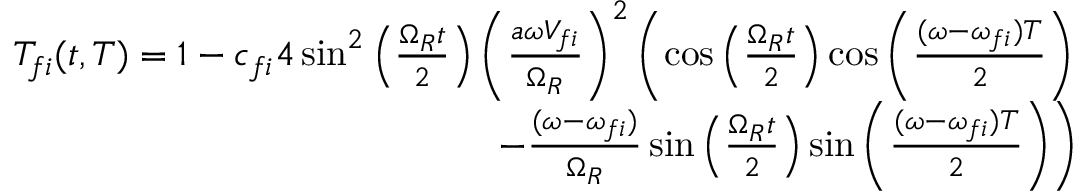
\begin{array} { r } { T _ { f i } ( t , T ) = 1 - c _ { f i } 4 \sin ^ { 2 } \left( \frac { \Omega _ { R } t } { 2 } \right) \left( \frac { a \omega V _ { f i } } { \Omega _ { R } } \right) ^ { 2 } \left( \cos \left( \frac { \Omega _ { R } t } { 2 } \right) \cos \left( \frac { ( \omega - \omega _ { f i } ) T } { 2 } \right) \right. } \\ { \left. - \frac { ( \omega - \omega _ { f i } ) } { \Omega _ { R } } \sin \left( \frac { \Omega _ { R } t } { 2 } \right) \sin \left( \frac { ( \omega - \omega _ { f i } ) T } { 2 } \right) \right) } \end{array}